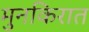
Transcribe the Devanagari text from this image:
मुनकिरात